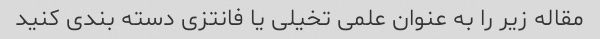
مقاله زیر را به عنوان علمی تخیلی یا فانتزی دسته بندی کنید